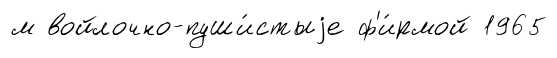
м войлочно-пуши́стыjе ф'и́рмой 1965